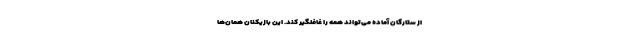
از ستارگان آماده می‌تواند همه را غافلگیر کند. این بازیکنان همان‌ها